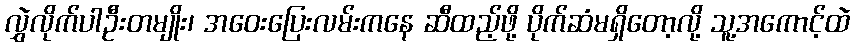
လွှဲလိုက်ပါဦးတမျိုး၊ အဝေးပြေးလမ်းကနေ ဆီထည့်ဖို့ ပိုက်ဆံမရှိတော့လို့ သူ့အကောင့်ထဲ